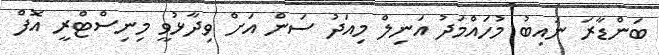
ބަންޑާރަ ނައިބު މުހައްމަދު އަނިލް މިއަދު ސަން އަށް ވިދާޅުވީ މިނިސްޓްރީ އޮފް